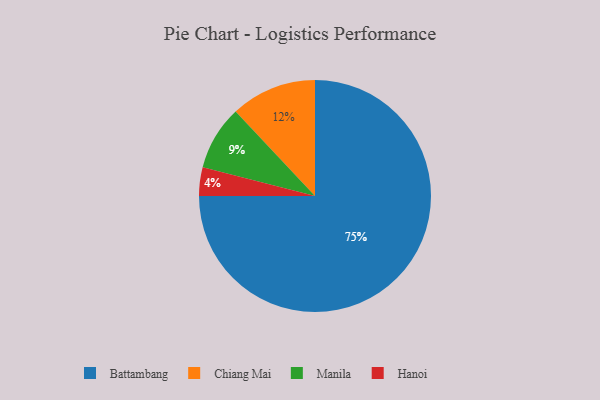
{"axis": {"x": "Category", "y": "Percentage"}, "legend": ["Battambang", "Chiang Mai", "Hanoi", "Manila"], "data": [{"x": "Battambang", "y": 75, "type": "Battambang"}, {"x": "Chiang Mai", "y": 12, "type": "Chiang Mai"}, {"x": "Hanoi", "y": 4, "type": "Hanoi"}, {"x": "Manila", "y": 9, "type": "Manila"}]}